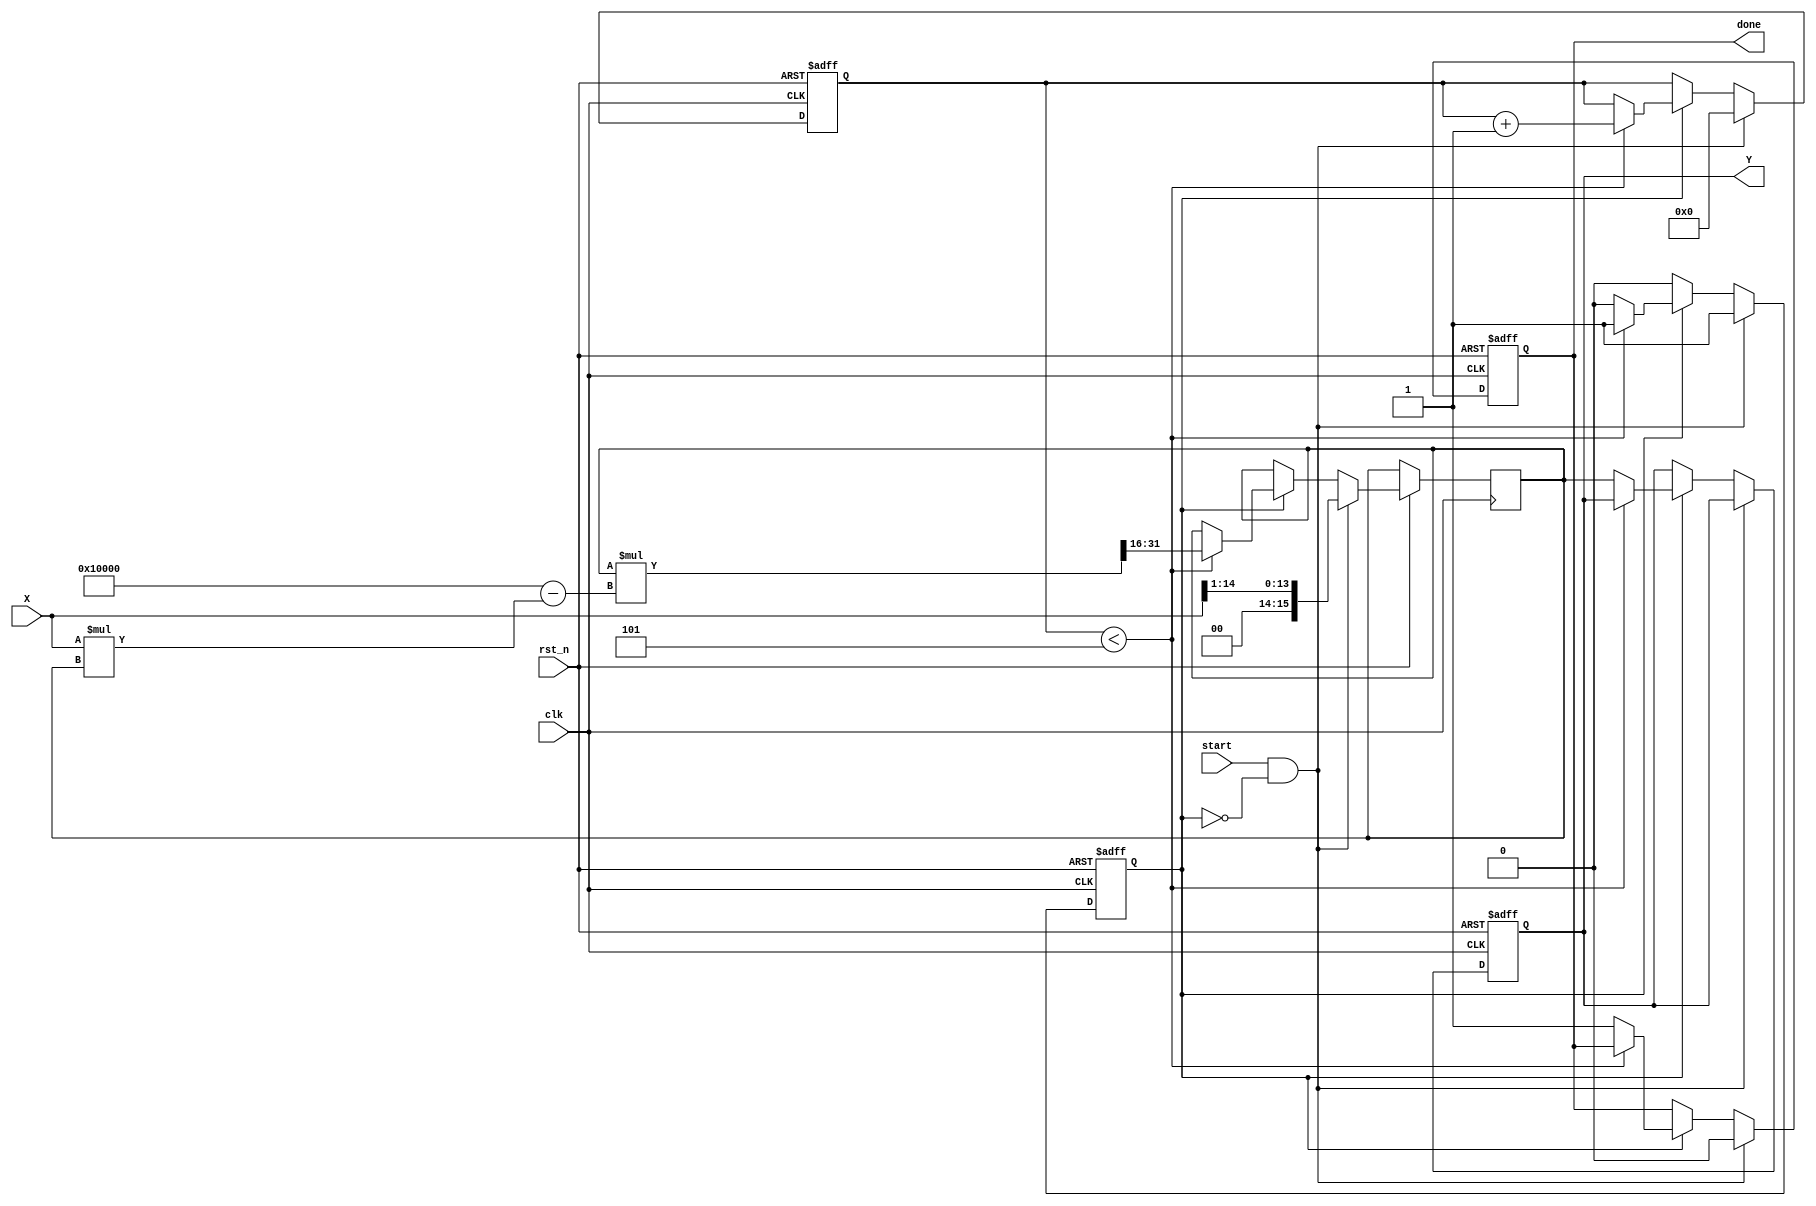
module iterative_reciprocal #(
    parameter WIDTH = 16,          // Width of input and output
    parameter ITERATIONS = 5       // Number of iterations for convergence
)(
    input wire clk,                // Clock signal
    input wire rst_n,              // Active-low reset
    input wire start,              // Start signal for computation
    input wire [WIDTH-1:0] X,      // Input value for which reciprocal is computed
    output reg [WIDTH-1:0] Y,      // Computed reciprocal output
    output reg done                // Completion flag
);

    reg [WIDTH-1:0] Y_n;           // Current guess for the reciprocal
    reg [3:0] iteration_counter;    // Iteration counter
    reg computing;                  // Flag indicating ongoing computation

    // Initial guess for 1/X, using a fixed point value
    initial begin
        Y = 0;
        done = 0;
        iteration_counter = 0;
        computing = 0;
    end

    // Iterative Reciprocal Calculation
    always @(posedge clk or negedge rst_n) begin
        if (!rst_n) begin
            Y <= 0;
            done <= 0;
            iteration_counter <= 0;
            computing <= 0;
        end else if (start && !computing) begin
            // Start computation
            Y_n <= {1'b0, X[WIDTH-2:1]}; // Initial guess: 1/(X)  2^(WIDTH-1)/X
            iteration_counter <= 0;
            computing <= 1;
            done <= 0;
        end else if (computing) begin
            if (iteration_counter < ITERATIONS) begin
                // Newton-Raphson iteration
                Y_n <= Y_n * (2**WIDTH - X * Y_n) >> WIDTH; // Y_n * (2 - X * Y_n)
                iteration_counter <= iteration_counter + 1;
            end else begin
                // Finished iterations
                Y <= Y_n;
                done <= 1;
                computing <= 0;
            end
        end
    end

endmodule